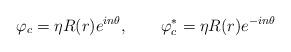
LaTeX: \begin{align*}\varphi_c=\eta R(r) e^{in\theta}, \qquad\varphi_c^\ast =\eta R(r) e^{-in\theta}\end{align*}